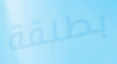
بطلقة